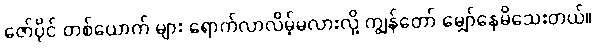
ဇော်ပိုင် တစ်ယောက် များ ရောက်လာလိမ့်မလားလို့ ကျွန်တော် မျှော်နေမိသေးတယ်။